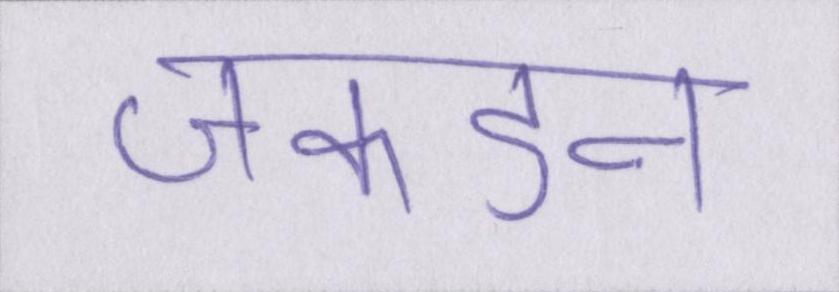
जकडन